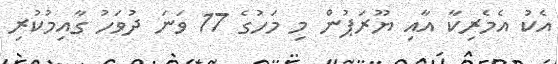
އެކު އެމެރިކާ އާއި ޔޫރަޕުން މި މަހުގެ 17 ވަނަ ދުވަހު ގާއިމުކުރި